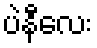
ပဲနီလေး